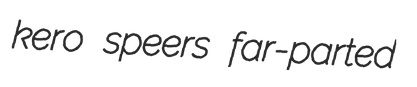
kero speers far-parted